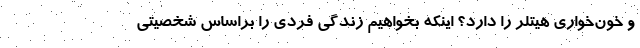
و خون‌خواری هیتلر را دارد؟ اینکه بخواهیم زندگی فردی را براساس شخصیتی